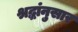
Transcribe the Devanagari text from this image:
श्रद्धांनुसार